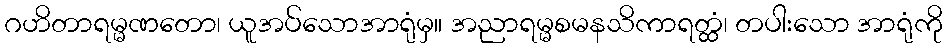
ဂဟိတာရမ္မဏတော၊ ယူအပ်သောအာရုံမှ။ အညာရမ္မစမနသိကာရတ္ထံ၊ တပါးသော အာရုံကို